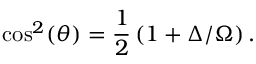
\cos ^ { 2 } ( \theta ) = \frac { 1 } { 2 } \left( 1 + \Delta / \Omega \right) .